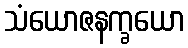
သံယောဇနက္ခယော